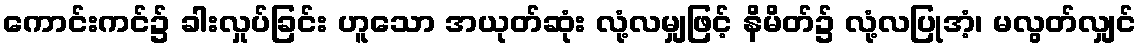
ကောင်းကင်၌ ခါးလှုပ်ခြင်း ဟူသော အယုတ်ဆုံး လုံ့လမျှဖြင့် နိမိတ်၌ လုံ့လပြုအံ့၊ မလွတ်လျှင်